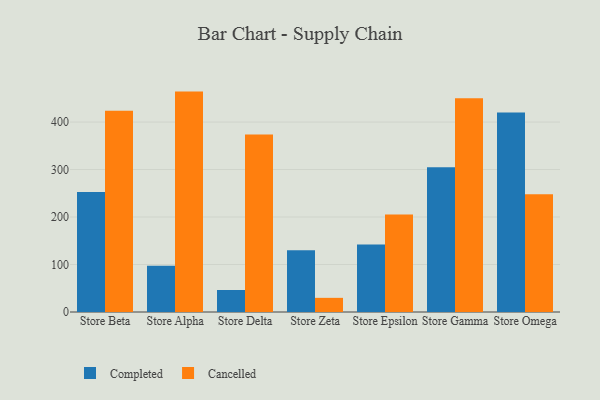
{"axis": {"x": "Store", "y": "Satisfaction Score"}, "legend": ["Cancelled", "Completed"], "data": [{"x": "Store Beta", "y": 252.8, "type": "Completed"}, {"x": "Store Beta", "y": 423.8, "type": "Cancelled"}, {"x": "Store Alpha", "y": 97.6, "type": "Completed"}, {"x": "Store Alpha", "y": 464.1, "type": "Cancelled"}, {"x": "Store Delta", "y": 46.3, "type": "Completed"}, {"x": "Store Delta", "y": 374.0, "type": "Cancelled"}, {"x": "Store Zeta", "y": 130.1, "type": "Completed"}, {"x": "Store Zeta", "y": 29.8, "type": "Cancelled"}, {"x": "Store Epsilon", "y": 142.0, "type": "Completed"}, {"x": "Store Epsilon", "y": 205.5, "type": "Cancelled"}, {"x": "Store Gamma", "y": 304.8, "type": "Completed"}, {"x": "Store Gamma", "y": 450.0, "type": "Cancelled"}, {"x": "Store Omega", "y": 419.9, "type": "Completed"}, {"x": "Store Omega", "y": 248.1, "type": "Cancelled"}]}